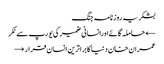
بشکریہ روزنامہ جنگ
← حاملہ گائےاورانسانی ضمیر کی یورپ سے ٹکر
عمران خان دنیا کا براترین انسان قرار →